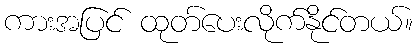
ကားအပြင် ထုတ်ပေးလိုက်နိုင်တယ်။